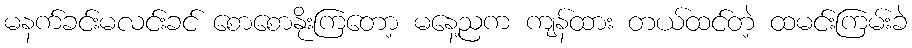
မနက်ခင်းမလင်းခင် စောစောနိုးကြတော့ မနေ့ညက ကျန်ထား တယ်ထင်တဲ့ ထမင်းကြမ်းခဲ